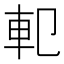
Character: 𨊠